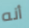
أنه